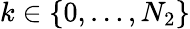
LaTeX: k\in\{ 0,\ldots,N_{2}\}